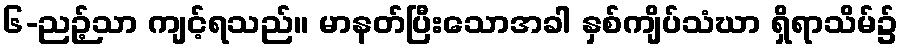
၆-ညဉ့်သာ ကျင့်ရသည်။ မာနတ်ပြီးသောအခါ နှစ်ကျိပ်သံဃာ ရှိရာသိမ်၌